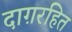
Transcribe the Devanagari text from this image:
दाग़रहित